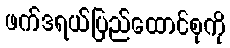
ဖက်ဒရယ်ပြည်ထောင်စုကို